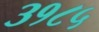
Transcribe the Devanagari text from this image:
३१८५